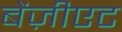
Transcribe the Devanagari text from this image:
बेंज़ीएट